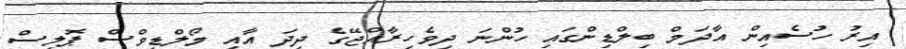
އިރު ހުސެއިން އާދަމް ބިލްޑިންގައި ހުންނަ ދިވެހިރާއްޖޭގެ ދިދަ އާއި މޯލްޑިވްސް ޕޮލިސް